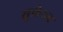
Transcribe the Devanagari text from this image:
सुलेरूद